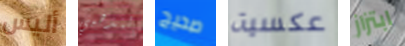
أليس لتذهبي صحيح عكسية ابتزاز